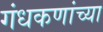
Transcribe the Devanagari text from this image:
गंधकणांच्या